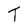
Character: T